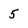
Character: 5